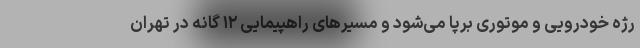
رژه خودرویی و موتوری برپا می‌شود و مسیرهای راهپیمایی ۱۲ گانه در تهران